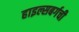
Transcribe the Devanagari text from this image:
हाइल्सबर्गची